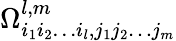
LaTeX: \Omega_{i_{1}i_{2}\dots i_{l},j_{1}j_{2}\dots j_{m}}^{l,m}